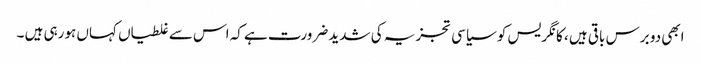
ابھی دو برس باقی ہیں ، کانگریس کو سیاسی تجزیہ کی شدید ضرورت ہے کہ اس سے غلطیاں کہاں ہورہی ہیں ۔